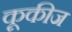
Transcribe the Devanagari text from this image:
कूकीज